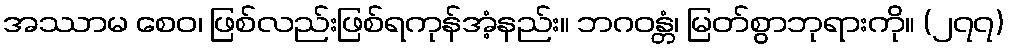
အဿာမ စေဝ၊ ဖြစ်လည်းဖြစ်ရကုန်အံ့နည်း။ ဘဂဝန္တံ၊ မြတ်စွာဘုရားကို။ (၂၇၇)